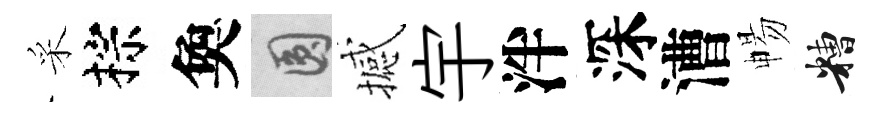
采棕奐圓撼宇泮深漕暢糟